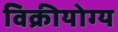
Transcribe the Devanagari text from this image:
विक्रीयोग्य